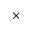
\times